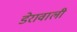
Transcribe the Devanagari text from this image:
डेरावाली